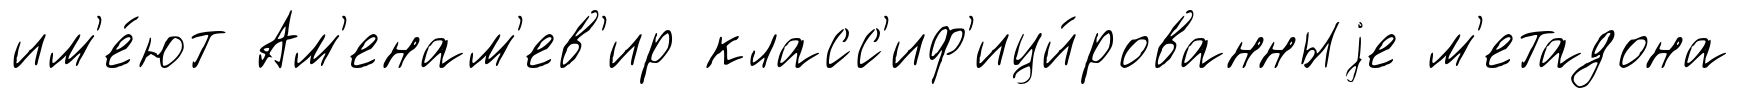
им'е́ют Ам'енам'ев'ир класс'иф'ици́рованныjе м'етадона